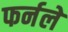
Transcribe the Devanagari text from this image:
फर्नले